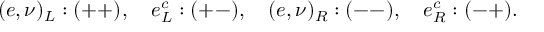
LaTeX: ( e , \nu ) _ { L } : ( + + ) , \quad e _ { L } ^ { c } : ( + - ) , \quad ( e , \nu ) _ { R } : ( -- ) , \quad e _ { R } ^ { c } : ( - + ) .